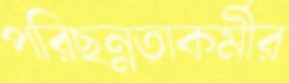
পরিছন্নতাকর্মীর